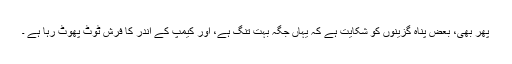
پھر بھی، بعض پناہ گزینوں کو شکایت ہے کہ یہاں جگہ بہت تنگ ہے، اور کیمپ کے اندر کا فرش ٹوٹ پھوٹ رہا ہے ۔